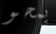
يمحو